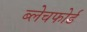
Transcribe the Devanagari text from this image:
ब्लेचफोर्ड